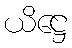
ယိဋ္ဌေ